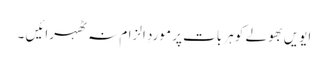
ایویں بھولے کو ہر بات پر موردِ الزام نہ ٹھہرائیں ۔